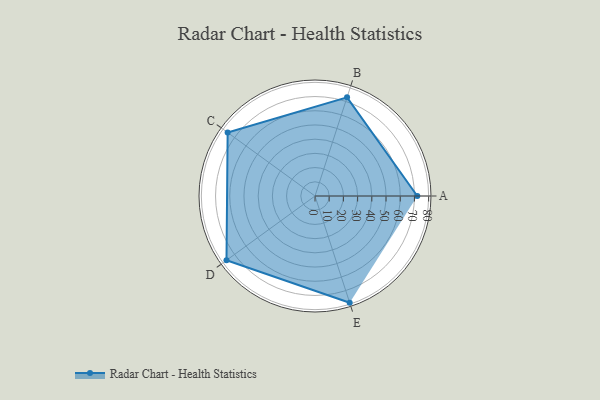
{"axis": {"x": "Skill", "y": "Score"}, "legend": ["Profile"], "data": [{"x": "A", "y": 72.0, "type": "Profile"}, {"x": "B", "y": 73.0, "type": "Profile"}, {"x": "C", "y": 76.0, "type": "Profile"}, {"x": "D", "y": 77.0, "type": "Profile"}, {"x": "E", "y": 79.0, "type": "Profile"}]}